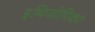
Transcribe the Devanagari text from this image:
इथियोपिका